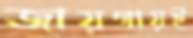
জায়গায়ই